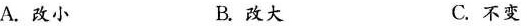
A.改小 B.改大 C.不变